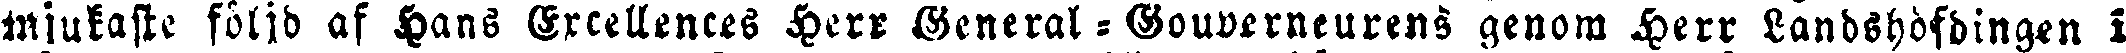
mjukaste följd af Hans Excellences Herr General - Gouverneurens genom Herr Landshofdingen i